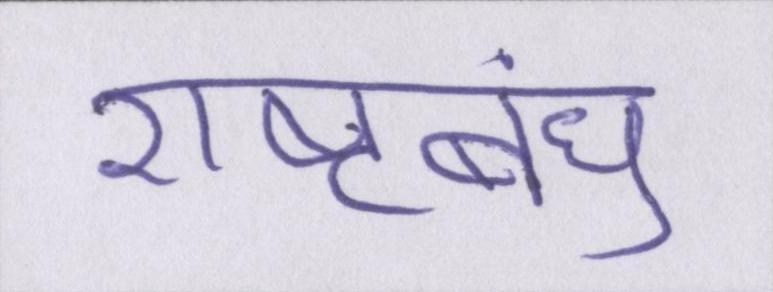
राष्ट्रबंधु